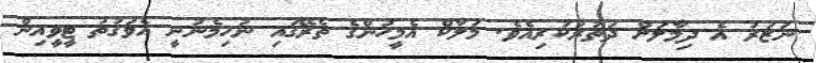
ނަޒަރު އެ ދިމާލަށް ދަތުރުކުރިއެވެ. މަލާކް އެމީހުންގެ ތެރޭގައި ނުހިމެނުނީ އެވަގުތު ޓީވީއިން